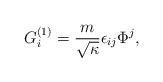
LaTeX: \begin{align*}G_i^{(1)} = \frac{m}{\sqrt{\kappa}} \epsilon_{ij} \Phi^j ,\end{align*}